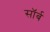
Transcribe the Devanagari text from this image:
सॉर्ब